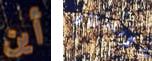
أين الإستعداد